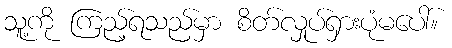
သူ့ကို ကြည့်ရသည်မှာ စိတ်လှုပ်ရှားပုံမပေါ်။